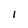
Character: l